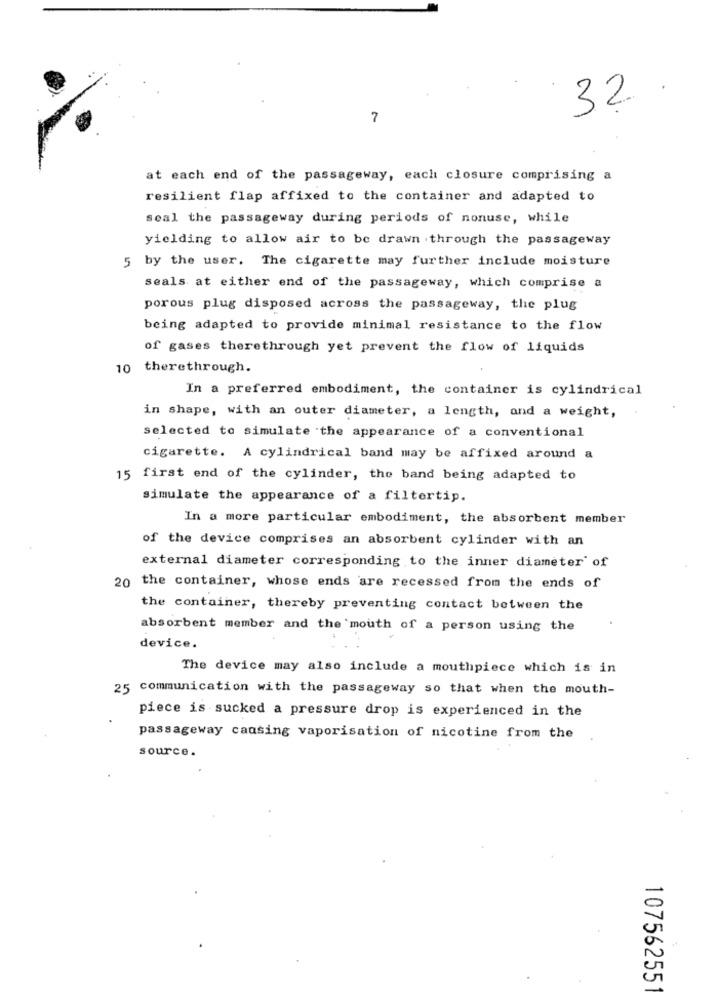
32.
7
at each end of the passageway, each closure comprising a
resilient flap affixed to the container and adapted to
scal the passageway during periods of nonuse, while
yielding to allow air to be drawn through the passageway
5 by the user. The cigarette may further include moisture
seals at either end of the passageway, which comprise a
porous plug disposed across the passageway, the plug
being adapted to provide minimal resistance to the flow
of gases therethrough yet prevent the flow of liquids
10 therethrough.
In a preferred embodiment, the container is cylindrical
in shape, with an outer diameter, a length, and a weight,
selected to simulate the appearance of a conventional
cigarette. A cylindrical band may be affixed around a
15 first end of the cylinder, the band being adapted to
simulate the appearance of a filtertip.
In a more particular embodiment, the absorbent member
of the device comprises an absorbent cylinder with an
external diameter corresponding to the inner diameter of
20 the container, whose ends are recessed from the ends of
the container, thereby preventing contact between the
absorbent member and the mouth of a person using the
device.
The device may also include a mouthpiece which is in
25 communication with the passageway so that when the mouth-
piece is sucked a pressure drop is experienced in the
passageway causing vaporisation of nicotine from the
source.
0
-
107562551